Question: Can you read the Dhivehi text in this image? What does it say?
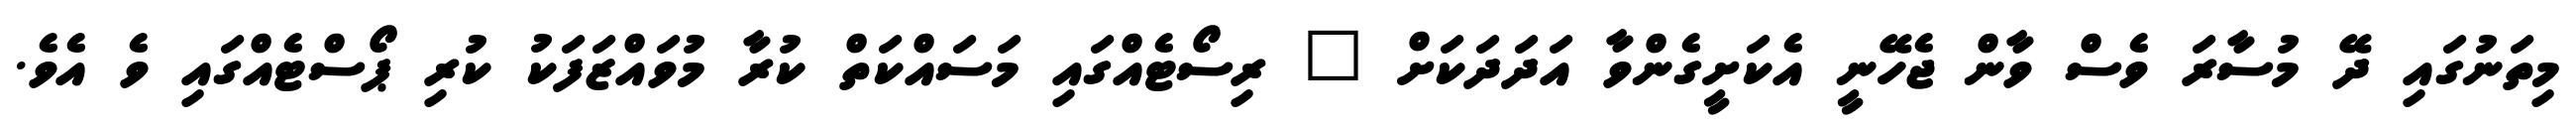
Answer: މިތަނުގައި ދޭ މުސާރަ ވެސް ވާން ޖެހޭނީ އެކަށީގެންވާ އަދަދަކަށް " ރިސޯޓެއްގައި މަސައްކަތް ކުރާ މުވައްޒަފަކު ކުރި ޕޯސްޓެއްގައި ވެ އެވެ.